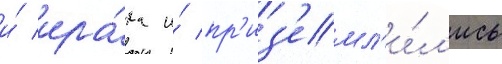
и́ ира́ка и́ пр'из'емл'и́л'ись